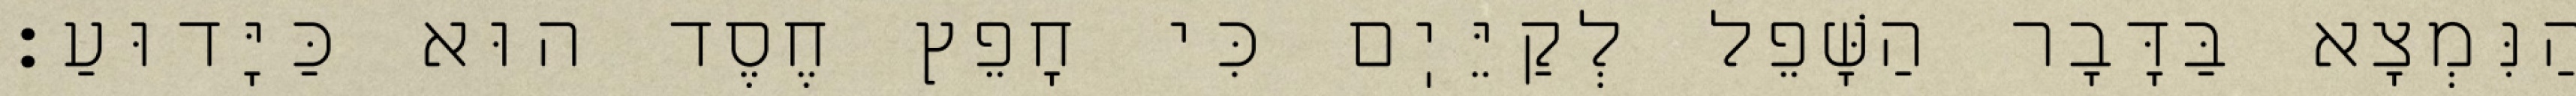
הַנִּמְצָא בַּדָּבָר הַשָּׁפֵל לְקַיֵּיֽם כִּי חָפֵץ חֶסֶד הוּא כַּיָּדוּעַ: